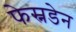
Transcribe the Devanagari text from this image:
फेस्नडेन